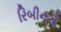
રિબીનનો